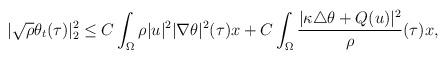
LaTeX: \begin{align*}|\sqrt{\rho}\theta_t(\tau)|^2_2\leq C\int_{\Omega} \rho |u|^2|\nabla \theta|^2(\tau)x+C\int_{\Omega} \frac{|\kappa\triangle \theta+Q(u)|^2}{\rho}(\tau)x,\end{align*}